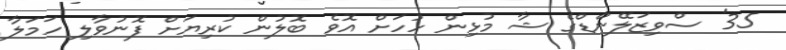
35' ސްވިޒަލޭންޑްގެ ޝާ މުޅިން ހުހަށް އޮވެ ބޮލުން ކުރިޔަށް ފޮނުވާލި ހަމަލާ